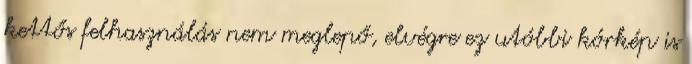
kettős felhasználás nem meglepő, elvégre ez utóbbi kórkép is